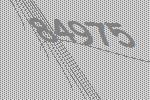
84975